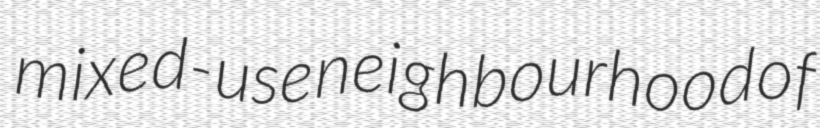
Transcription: mixed-use neighbourhood of